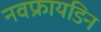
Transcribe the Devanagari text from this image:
नवफ्रायडिन